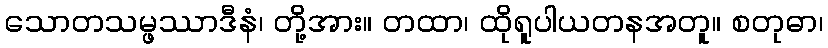
သောတသမ္ဖဿာဒီနံ၊ တို့အား။ တထာ၊ ထိုရူပါယတနအတူ။ စတုဓာ၊